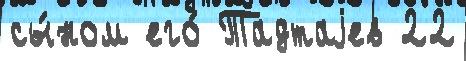
сы́ном его́ Тадтаjев 22